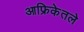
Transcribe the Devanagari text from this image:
आफ्रिकेतले